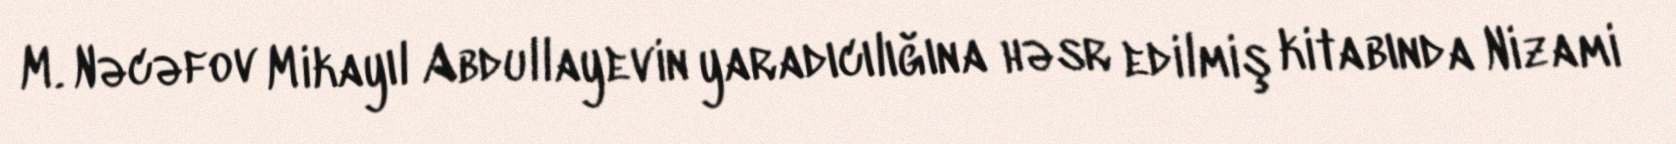
M. Nəcəfov Mikayıl Abdullayevin yaradıcılığına həsr edilmiş kitabında Nizami